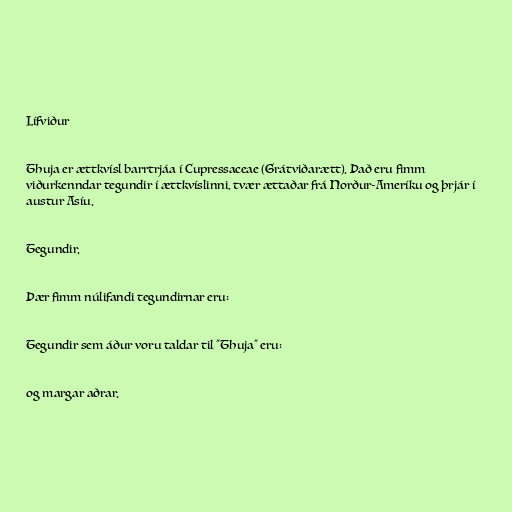
Lífviður

Thuja er ættkvísl barrtrjáa í Cupressaceae (Grátviðarætt). Það eru fimm
viðurkenndar tegundir í ættkvíslinni, tvær ættaðar frá Norður-Ameríku og þrjár í
austur Asíu.

Tegundir.

Þær fimm núlifandi tegundirnar eru:

Tegundir sem áður voru taldar til "Thuja" eru:

og margar aðrar.